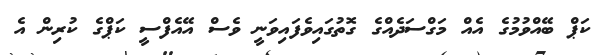
ކަޕް ބޭއްވުމުގެ އެއް މަގްސަދެއްގެ ގޮތުގައިވެފައިވަނީ ވެސް އޭއެފްސީ ކަޕްގެ ކުރިން އެ